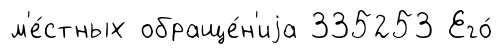
м'е́стных обраще́н'иjа 335253 Его́